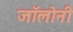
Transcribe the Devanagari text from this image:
जॉलोनी